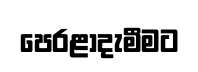
පෙරළාදැමීමට